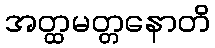
အတ္ထမတ္တနောတိ